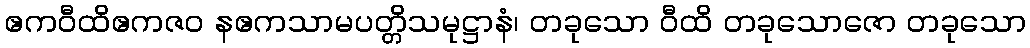
ဧကဝီထိဧကဇဝ နဧကသာမပတ္တိသမုဋ္ဌာနံ၊ တခုသော ဝီထိ တခုသောဇော တခုသော